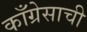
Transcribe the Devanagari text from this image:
काँग्रेसाची